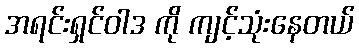
အရင်းရှင်ဝါဒ ကို ကျင့်သုံးနေတယ်